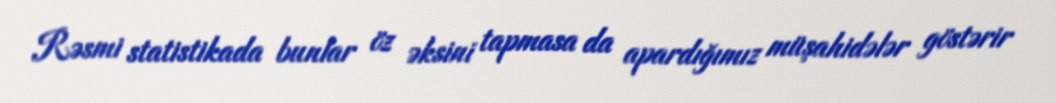
Rəsmi statistikada bunlar öz əksini tapmasa da apardığımız müşahidələr göstərir